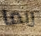
ربما